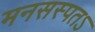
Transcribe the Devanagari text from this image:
मनसस्पतऽ